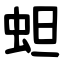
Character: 䖧